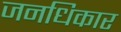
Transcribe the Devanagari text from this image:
जनधिकार